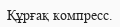
Құрғақ компресс.